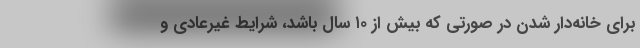
برای خانه‌دار شدن در صورتی که بیش از ۱۰ سال باشد، شرایط غیرعادی و